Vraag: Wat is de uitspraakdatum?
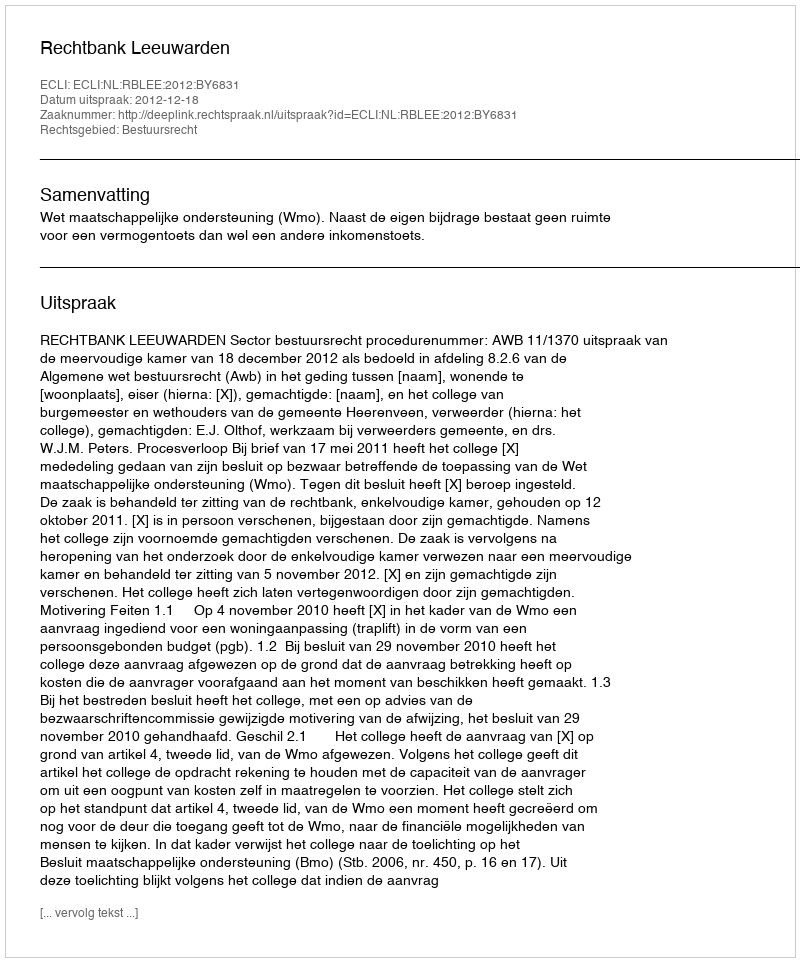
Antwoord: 2012-12-18